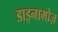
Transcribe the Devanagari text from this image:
डाइनामोज़